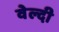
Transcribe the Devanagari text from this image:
वेल्दी